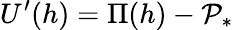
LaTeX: U^{\prime}(h)=\Pi(h)-\mathcal{P}_{*}